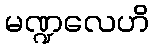
မဏ္ဍလေဟိ